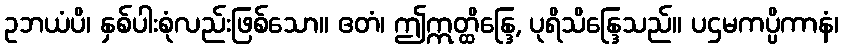
ဥဘယံပိ၊ နှစ်ပါးစုံလည်းဖြစ်သော။ ဧတံ၊ ဤဣတ္ထိန္ဒြေ, ပုရိသိန္ဒြေသည်။ ပဌမကပ္ပိကာနံ၊